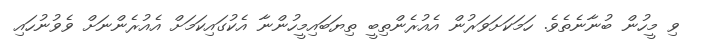
ވި މީހުން ބުނާނެތެވެ. ހަމަކަށަވަރުން އެއުރެންތިބީ ތިޔަބައިމީހުންނާ އެކުގައިކަމަށް އެއުރެންނަށް ވެވުނުހައި